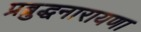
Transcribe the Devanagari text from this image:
प्रब्रुद्धनारायणा